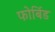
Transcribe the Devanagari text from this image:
फोर्बिड